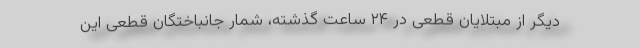
دیگر از مبتلایان قطعی در ۲۴ ساعت گذشته، شمار جانباختگان قطعی این